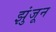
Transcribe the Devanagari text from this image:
झुंजून